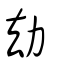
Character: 刼